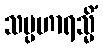
သမ္ပဟာရသ္မိံ